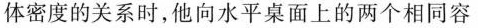
体密度的关系时，他向水平桌面上的两个相同容